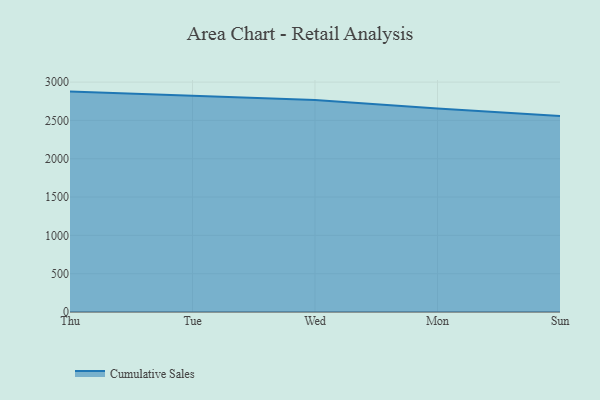
{"axis": {"x": "Day", "y": "Shipments"}, "legend": ["Cumulative Sales"], "data": [{"x": "Thu", "y": 2876.1, "type": "Cumulative Sales"}, {"x": "Tue", "y": 2819.7, "type": "Cumulative Sales"}, {"x": "Wed", "y": 2765.8, "type": "Cumulative Sales"}, {"x": "Mon", "y": 2655.9, "type": "Cumulative Sales"}, {"x": "Sun", "y": 2557.1, "type": "Cumulative Sales"}]}